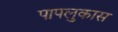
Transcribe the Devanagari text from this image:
पापलुकास